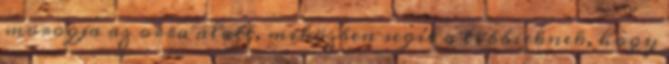
morogja az orra alatt, miközben segít a többieknek, hogy